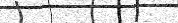
٣٨